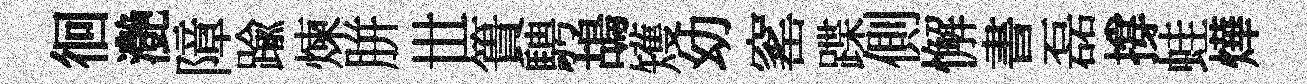
徊灔障踰煉胼𠀍簣騁鴣矱幼窰蹀側懈書磊撐蛙燁